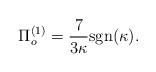
LaTeX: \begin{align*}\Pi^{(1)}_{o}=\frac{7}{3\kappa}\mbox{sgn}(\kappa).\end{align*}